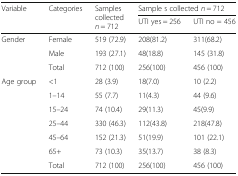
<table><thead><tr><td rowspan="2"><b>Variable</b></td><td rowspan="2"><b>Categories</b></td><td rowspan="2"><b>Samples collected <i>n</i> = 712</b></td><td colspan="2"><b>Sample s collected <i>n</i> = 712</b></td></tr><tr><td><b>UTI yes = 256</b></td><td><b>UTI no = 456</b></td></tr></thead><tbody><tr><td rowspan="3">Gender</td><td>Female</td><td>519 (72.9)</td><td>208(81.2)</td><td>311(68.2)</td></tr><tr><td>Male</td><td>193 (27.1)</td><td>48(18.8)</td><td>145 (31.8)</td></tr><tr><td>Total</td><td>712 (100)</td><td>256(100)</td><td>456 (100)</td></tr><tr><td rowspan="6">Age group</td><td>&lt;1</td><td>28 (3.9)</td><td>18(7.0)</td><td>10 (2.2)</td></tr><tr><td>1–14</td><td>55 (7.7)</td><td>11(4.3)</td><td>44 (9.6)</td></tr><tr><td>15–24</td><td>74 (10.4)</td><td>29(11.3)</td><td>45(9.9)</td></tr><tr><td>25–44</td><td>330 (46.3)</td><td>112(43.8)</td><td>218(47.8)</td></tr><tr><td>45–64</td><td>152 (21.3)</td><td>51(19.9)</td><td>101 (22.1)</td></tr><tr><td>65+</td><td>73 (10.3)</td><td>35(13.7)</td><td>38 (8.3)</td></tr><tr><td></td><td>Total</td><td>712 (100)</td><td>256(100)</td><td>456 (100)</td></tr></tbody></table>